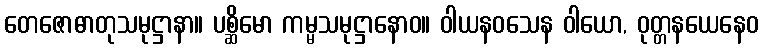
တေဇောဓာတုသမုဋ္ဌာနာ။ ပစ္ဆိမော ကမ္မသမုဋ္ဌာနောဝ။ ဝါယနဝသေန ဝါယော, ဝုတ္တနယေနေဝ